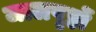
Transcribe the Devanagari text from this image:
जालपृष्ठों